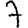
Digit: 7